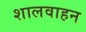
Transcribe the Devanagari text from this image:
शालवाहन